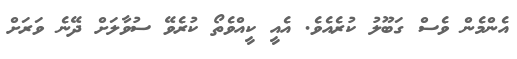
އެންމެން ވެސް ގަބޫލު ކުރެއެވެ. އެއީ ކީއްވެތޯ ކުރެވޭ ސުވާލަށް ދޭނެ ވަރަށް